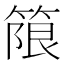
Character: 䈨